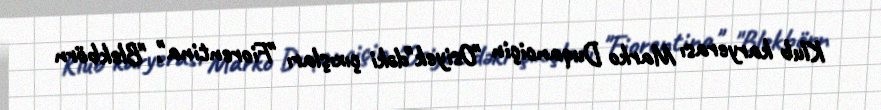
Klub karyerası Marko Duqanciçin "Osiyek"dəki çıxışları "Fiorentina", "Blekbörn